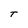
Character: T